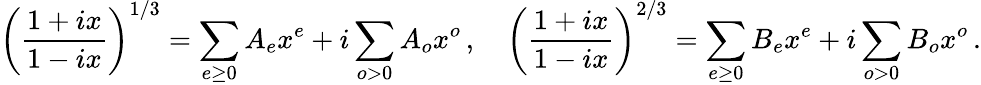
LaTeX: \left(\frac{1+ix}{1-ix}\right)^{1/3}=\sum_{e\geq 0}A_{e}x^{e}+i\sum_{o>0}A_{o}x^{o}\, ,~~~~\left(\frac{1+ix}{1-ix}\right)^{2/3}=\sum_{e\geq 0}B_{e}x^{e}+i\sum_{o>0}B_{o}x^{o}\, .